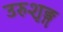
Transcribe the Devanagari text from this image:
उरुशृङ्ग